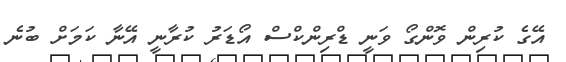
އޭގެ ކުރިން ވޮންގޯ ވަނީ ޑްރިންކްސް އޯޑަރު ކުރާނީ އޭނާ ކަމަށް ބުނެ